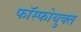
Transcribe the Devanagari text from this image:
फॉस्फोयुक्त